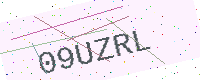
Text: 09UZRL